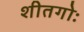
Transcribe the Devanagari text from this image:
शीतगोः